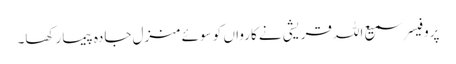
پروفیسر سمیع اللہ قریشی نے کارواں کو سوئے منزل جادہ پیما رکھا۔